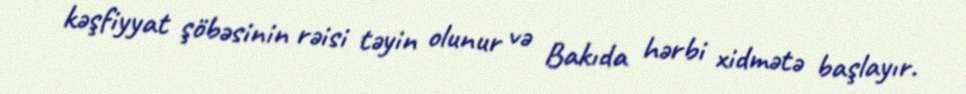
kəşfiyyat şöbəsinin rəisi təyin olunur və Bakıda hərbi xidmətə başlayır.